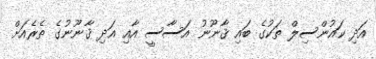
އަދި ކައުންސިލް ތަކުގެ ބައި ޤާނޫނު އަސާސީ އާއި އަދި ޤާނޫނުގެ ތެރެއަށް